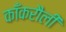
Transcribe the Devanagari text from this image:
काँकरौली